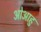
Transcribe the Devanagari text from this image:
ओआहु